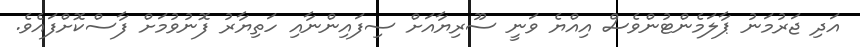
އަދި ޖަރުމަނު ޕާލަމެންޓުންވެސް އިއްޔެ ވަނީ ސޫރިޔާއަށް ސިފައިންނާއި ހަތިޔާރު ފޮނުވުމަށް ފާސްކޮށްފައެވެ.